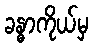
ခန္ဓာကိုယ်မှ